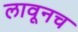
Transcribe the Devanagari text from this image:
लावूनच